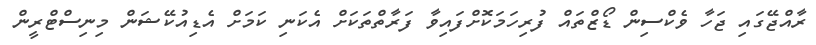
ރާއްޖޭގައި ޖަހާ ވެކްސިން ޑޯޒްތައް ފުރިހަމަކޮށްފައިވާ ފަރާތްތަކަށް އެކަނި ކަމަށް އެޑިއުކޭޝަން މިނިސްޓްރީން